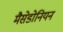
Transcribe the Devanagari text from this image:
मैसेडोनियन